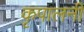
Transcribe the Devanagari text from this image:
कृपालनी